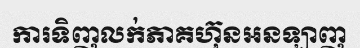
ការទិញលក់ភាគហ៊ុនអនឡាញ